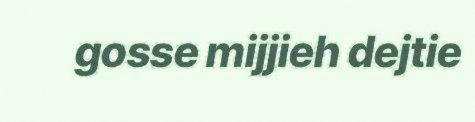
gosse mijjieh dejtie